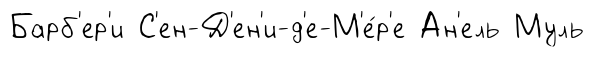
Барб'ер'и С'ен-Д'ен'и-д'е-М'е́р'е Ан'ель Муль